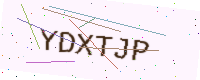
Text: YDXTJP